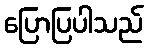
ပြောပြပါသည်